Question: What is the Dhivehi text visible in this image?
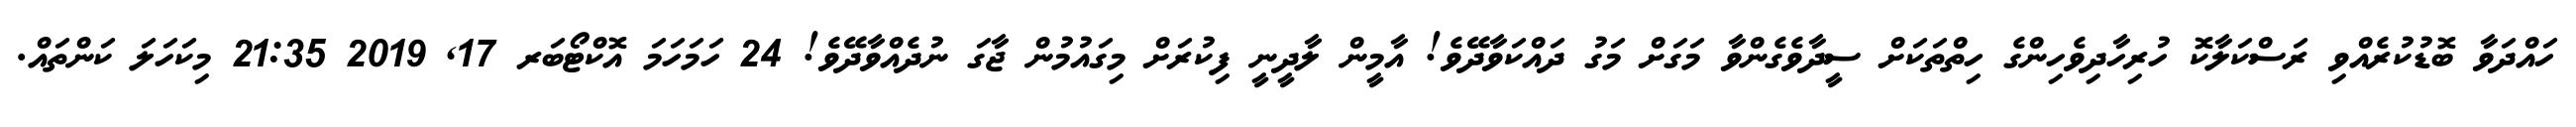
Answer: ހައްދަވާ ބޮޑުކުރެއްވި ރަސްކަލާކޮ ހުރިހާދިވެހިންގެ ހިތްތަކަށް ސީދާވެގެންވާ މަގަށް މަގު ދައްކަވާދޭވެ! އާމީން ލާދީނީ ފިކުރަށް މިގައުމުން ޖާގަ ނުދެއްވާދޭވެ! 24 ހަމަހަމަ އޮކްޓޯބަރ 17, 2019 21:35 މިކަހަލަ ކަންތައް.